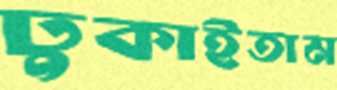
ঢুকাইতাম